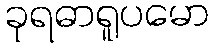
ခုရဓာရူပမော